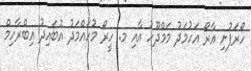
ހޯރަފުށި އާރޯ އަހުމަދު މަމްދޫހު އާއި މ. ހީރޯ މުހައްމަދު އުބައިދު އިބްރާހިމް